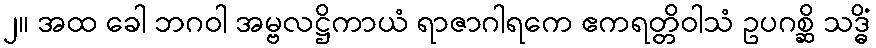
၂။ အထ ခေါ ဘဂဝါ အမ္ဗလဋ္ဌိကာယံ ရာဇာဂါရကေ ဧကရတ္တိဝါသံ ဥပဂစ္ဆိ သဒ္ဓိံ